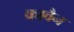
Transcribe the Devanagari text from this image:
क्रावैन